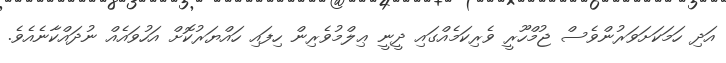
އަދި ހަމަކަށަވަރުންވެސް ޖުމްހޫރީ ވެރިކަމެއްގައި ދީނީ ޢިލްމުވެރިން ހިފައި ހައްޔަރުކޮށް އަހުވައެއް ނުދައްކާނެއެވެ.